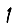
Digit: 1